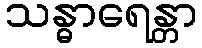
သန္ဓာရေန္တာ